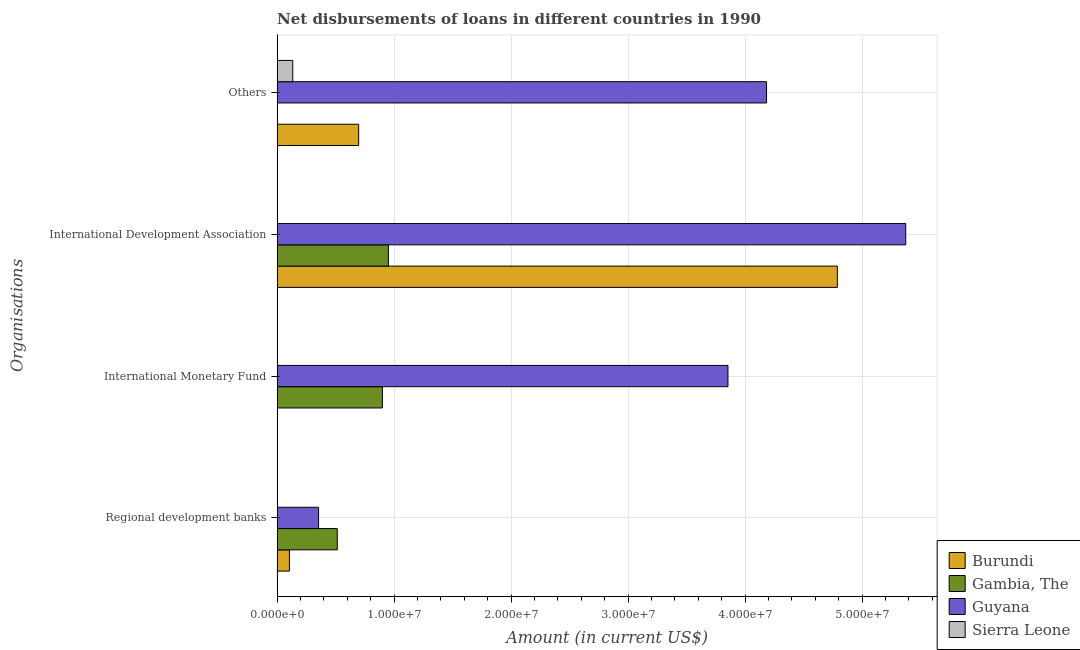
| Organisations | Burundi | Gambia, The | Guyana | Sierra Leone |
 | --- | --- | --- | --- | --- |
 | Regional development banks | 1.05e+06 | 5.14e+06 | 3.54e+06 | -4.44e+05 |
 | International Monetary Fund | -7.85e+05 | 9e+06 | 3.85e+07 | -2.48e+06 |
 | International Development Association | 4.79e+07 | 9.51e+06 | 5.37e+07 | 1.2e+04 |
 | Others | 6.97e+06 | -1.2e+06 | 4.18e+07 | 1.33e+06 |